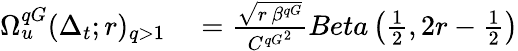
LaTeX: \begin{array}{rl}{\Omega_{u}^{qG}(\Delta_{t};r)_{q>1}}&{{}=\frac{\sqrt{r\, \beta^{qG}}}{{C^{qG}}^{2}}Beta\left(\frac{1}{2},2r-\frac{1}{2}\right)}\end{array}